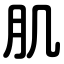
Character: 肌